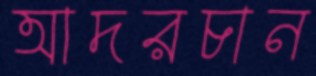
আদরচান